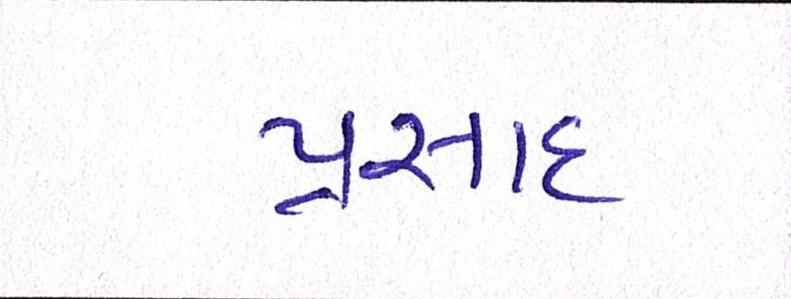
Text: પ્રસાદ